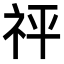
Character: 𥘴